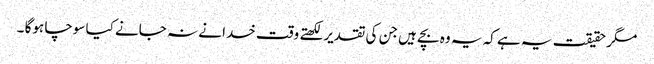
مگر حقیقت یہ ہے کہ یہ وہ بچے ہیں جن کی تقدیر لکھتے وقت خدا نے نہ جانے کیا سوچا ہوگا ۔